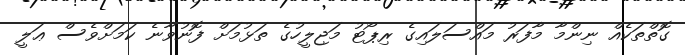
ގޮތްތަކެއް ނިންމާ މާފަރު މައްސަލައިގެ ރިޕޯޓު މަޖިލީހުގެ ތަޅުމަށް ފޮނުވާނެ ކަމަށްވެސް ޢަލީ